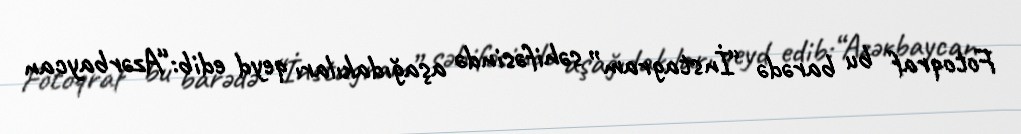
Fotoqraf bu barədə “İnstagram” səhifəsində aşağıdakıları qeyd edib:“Azərbaycan